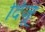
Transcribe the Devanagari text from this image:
दिजू